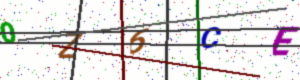
Text: 0Z6CE